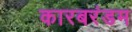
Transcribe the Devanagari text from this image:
कारबरंडम